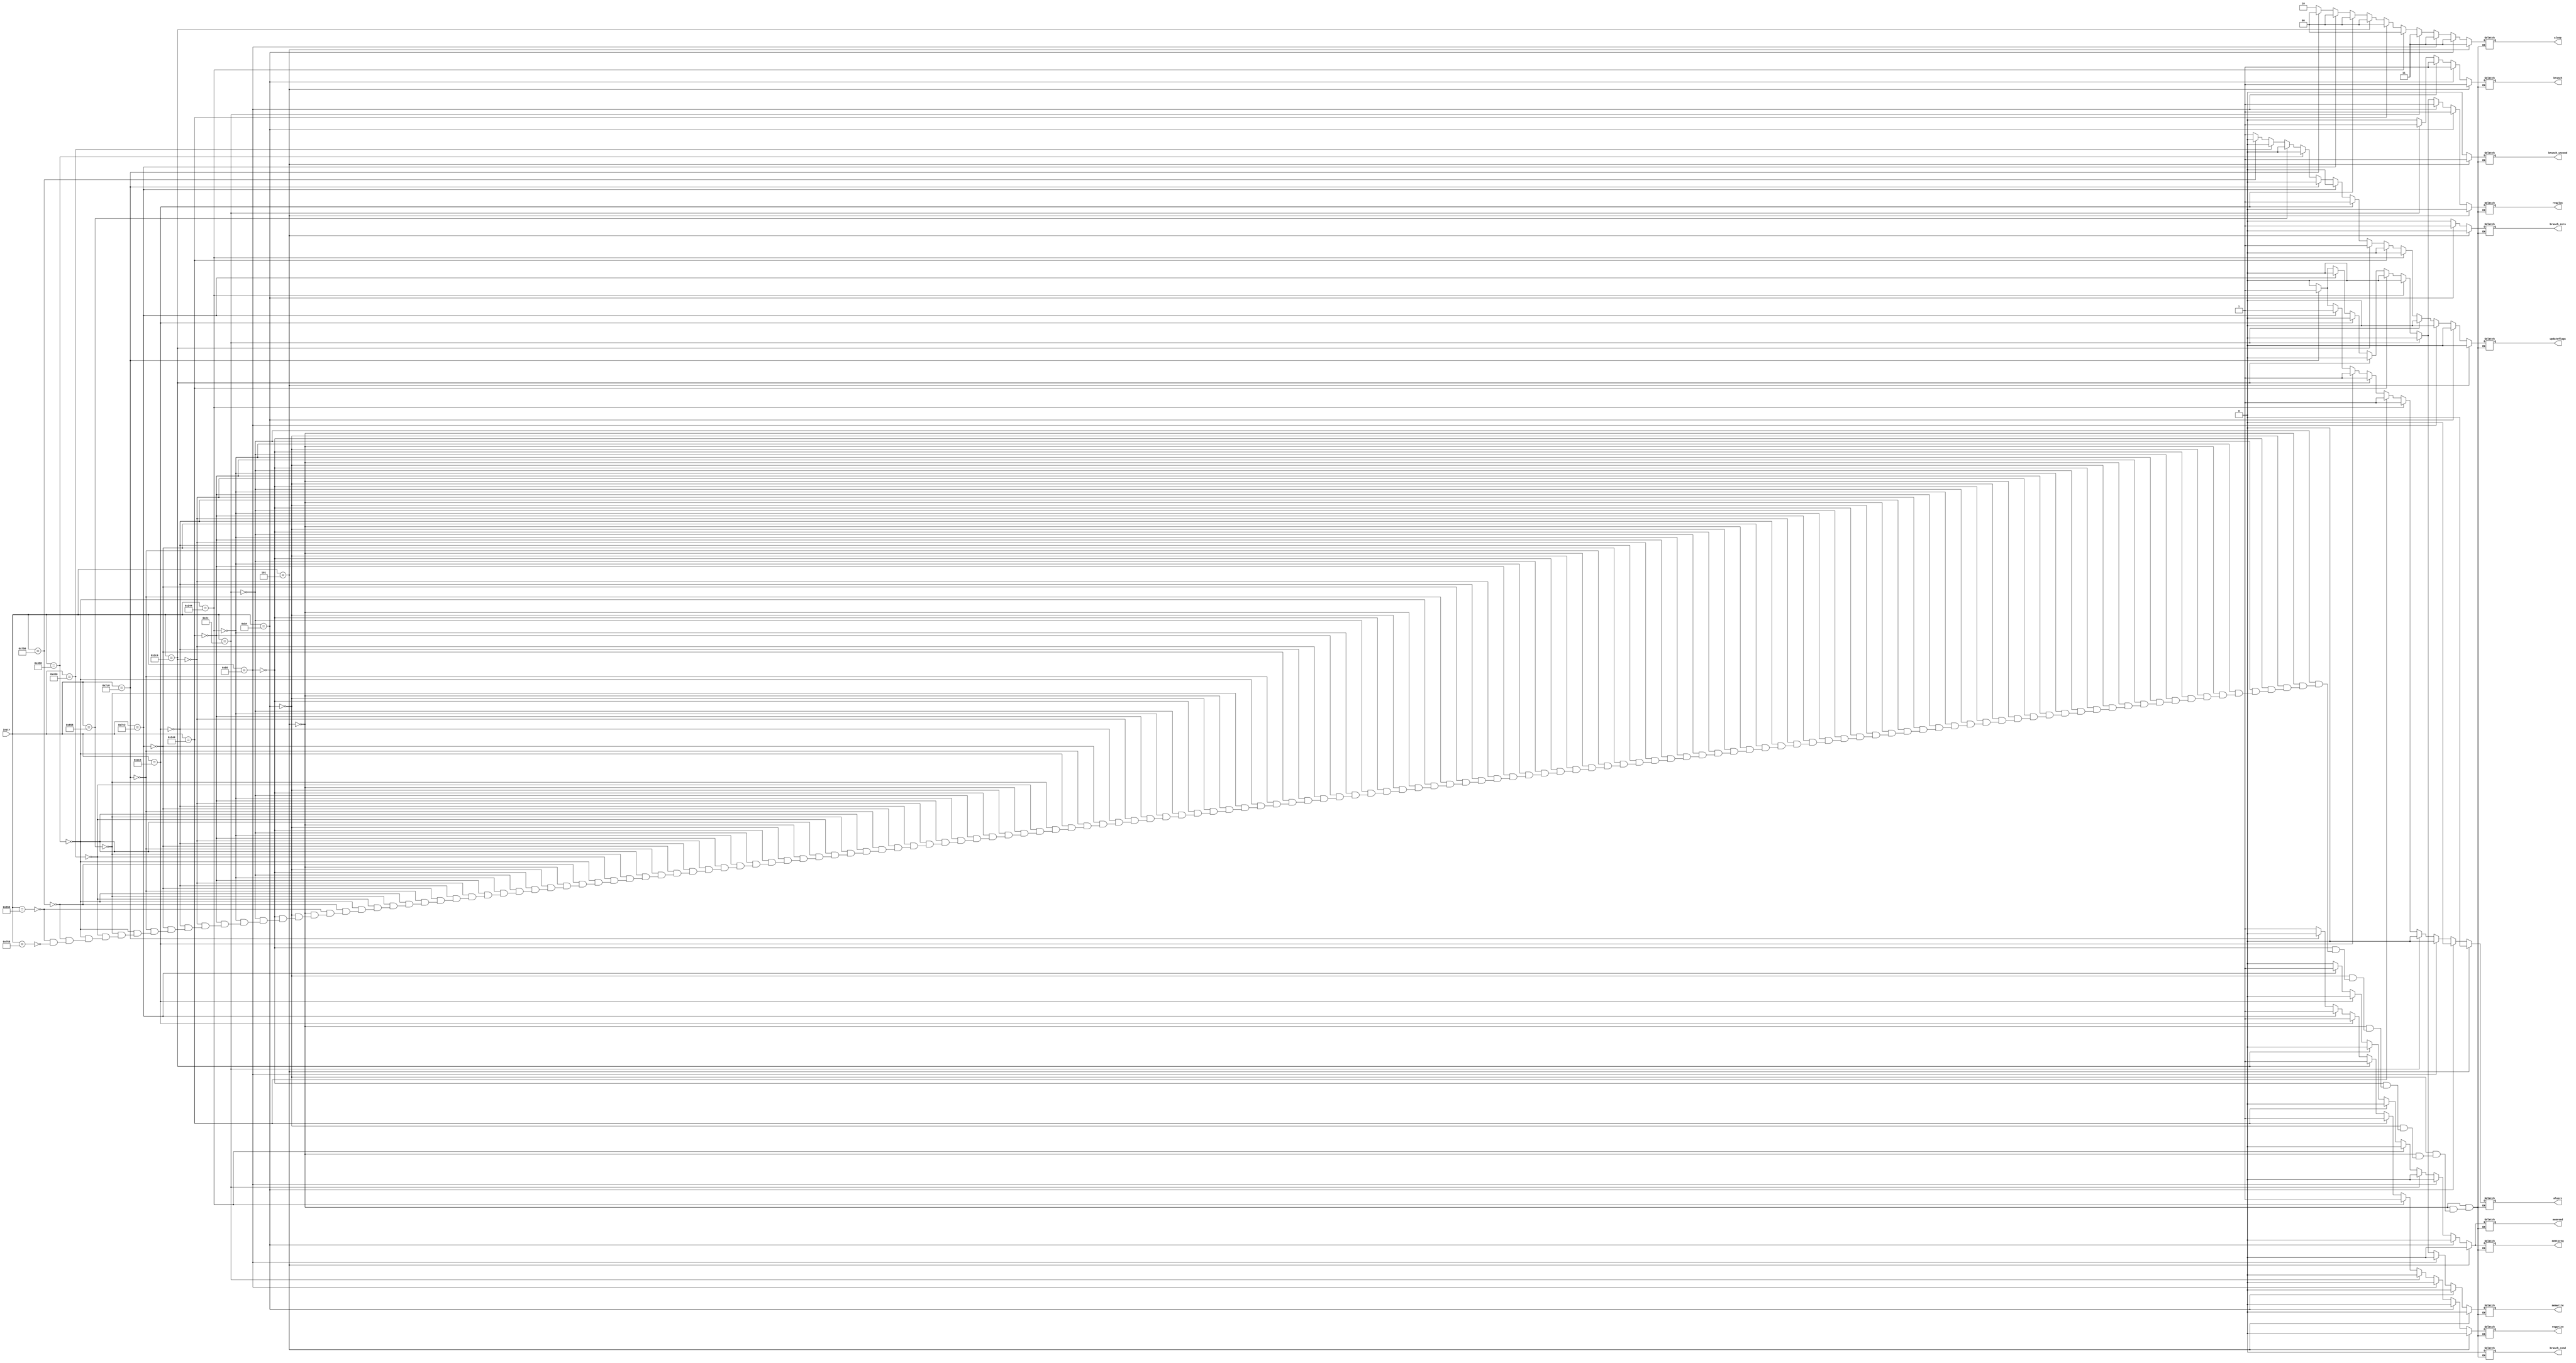
`timescale 1ns / 1ps
//////////////////////////////////////////////////////////////////////////////////
/*
Design da CPU LEG_V8 Single-Cycle.
Disciplina: TI0148 - Sistemas Embarcados
Mdulo: projeto_controle.v
Funo: Mdulo de Controle
Grupo Responsvel: Marcus Vincius, Pablo Grisi e Lucas Ribeiro
*/
//////////////////////////////////////////////////////////////////////////////////


module projeto_controle(
    input [31:21] instr,
    
    output reg [1:0] aluop,
    output reg alusrc,
    output reg updateflags,
    output reg reg2loc,
    output reg branch,
    output reg branch_cond,
    output reg branch_uncond,
    output reg branch_zero,
    output reg regwrite,
    output reg memread,
    output reg memwrite,
    output reg memtoreg
    );
    wire [10:0] opcode;
    assign opcode = instr[31:21];
    
    always @ (opcode) begin
    //Verificando  qual instruo pertence o opcode
    //BRANCHS
    //Branch Incondicional
        if (opcode == 6'b000101) begin
            aluop = 2'b11;
            alusrc = 0;
            updateflags = 0;
            reg2loc = 0;
            branch = 1;
            branch_cond = 0;
            branch_uncond = 1;
            branch_zero = 0;
            regwrite = 0;
            memread = 0;
            memwrite = 0;
            memtoreg = 0;
        end
        //Branchs Condicionais
        //CBZ
        else if (opcode == 8'b10110100) begin
                    aluop = 2'b11;
                    alusrc = 0;
                    updateflags = 0;
                    reg2loc = 1;
                    branch = 1;
                    branch_cond = 0;
                    branch_uncond = 0;
                    branch_zero = 1;
                    regwrite = 0;
                    memread = 0;
                    memwrite = 0;
                    memtoreg = 0;
        end
        //CBNZ
        else if (opcode == 8'b10110101) begin
                    aluop = 2'b11;
                    alusrc = 0;
                    updateflags = 0;
                    reg2loc = 1;
                    branch = 1;
                    branch_cond = 0;
                    branch_uncond = 0;
                    branch_zero = 0;
                    regwrite = 0;
                    memread = 0;
                    memwrite = 0;
                    memtoreg = 0;
        end
        //B Condicional
        else if (opcode == 8'b0101100) begin
                    aluop = 2'b11;
                    alusrc = 0;
                    updateflags = 0;
                    reg2loc = 0;
                    branch = 1;
                    branch_cond = 0;
                    branch_uncond = 0;
                    branch_zero = 0;
                    regwrite = 0;
                    memread = 0;
                    memwrite = 0;
                    memtoreg = 0;
        end
        //INSTRUES TIPO I
        //ADDI
        else if (opcode == 10'b1001000100) begin
                    aluop = 2'b00;
                    alusrc = 1;
                    updateflags = 0;
                    reg2loc = 0;
                    branch = 0;
                    branch_cond = 0;
                    branch_uncond = 0;
                    branch_zero = 0;
                    regwrite = 1;
                    memread = 0;
                    memwrite = 0;
                    memtoreg = 0;
        end   
        //SUBI 
        else if (opcode == 10'b1101000100) begin
                    aluop = 2'b00;
                    alusrc = 1;
                    updateflags = 0;
                    reg2loc = 0;
                    branch = 0;
                    branch_cond = 0;
                    branch_uncond = 0;
                    branch_zero = 0;
                    regwrite = 1;
                    memread = 0;
                    memwrite = 0;
                    memtoreg = 0;
        end   
        //ADDIS
        else if (opcode == 10'b1011000100) begin
                    aluop = 2'b00;
                    alusrc = 1;
                    updateflags = 1;
                    reg2loc = 0;
                    branch = 0;
                    branch_cond = 0;
                    branch_uncond = 0;
                    branch_zero = 0;
                    regwrite = 1;
                    memread = 0;
                    memwrite = 0;
                    memtoreg = 0;
        end
        //SUBIS
        else if (opcode == 10'b1111000100) begin
                    aluop = 2'b00;
                    alusrc = 1;
                    updateflags = 1;
                    reg2loc = 0;
                    branch = 0;
                    branch_cond = 0;
                    branch_uncond = 0;
                    branch_zero = 0;
                    regwrite = 1;
                    memread = 0;
                    memwrite = 0;
                    memtoreg = 0;
        end         
        //INSTRUES TIPO D
        //LDUR
        else if (opcode == 11'b11111000010) begin
                    aluop = 2'b00;
                    alusrc = 1;
                    updateflags = 0;
                    reg2loc = 0;
                    branch = 0;
                    branch_cond = 0;
                    branch_uncond = 0;
                    branch_zero = 0;
                    regwrite = 1;
                    memread = 1;
                    memwrite = 0;
                    memtoreg = 1;
        end                
        //STUR
        else if (opcode == 11'b11111000000) begin
                    aluop = 2'b00;
                    alusrc = 1;
                    updateflags = 0;
                    reg2loc = 1;
                    branch = 0;
                    branch_cond = 0;
                    branch_uncond = 0;
                    branch_zero = 0;
                    regwrite = 0;
                    memread = 0;
                    memwrite = 1;
                    memtoreg = 0;
        end    
        //INSTRUES TIPO R
        //ADD
        else if (opcode == 11'b10001011000) begin
                    aluop = 2'b10;
                    alusrc = 0;
                    updateflags = 0;
                    reg2loc = 0;
                    branch = 0;
                    branch_cond = 0;
                    branch_uncond = 0;
                    branch_zero = 0;
                    regwrite = 1;
                    memread = 0;
                    memwrite = 0;
                    memtoreg = 0;
        end
        //SUB
        else if (opcode == 11'b11001011000) begin
                    aluop = 2'b10;
                    alusrc = 0;
                    updateflags = 0;
                    reg2loc = 0;
                    branch = 0;
                    branch_cond = 0;
                    branch_uncond = 0;
                    branch_zero = 0;
                    regwrite = 1;
                    memread = 0;
                    memwrite = 0;
                    memtoreg = 0;
        end     
        //AND
        else if (opcode == 11'b10001010000) begin
                    aluop = 2'b10;
                    alusrc = 0;
                    updateflags = 0;
                    reg2loc = 0;
                    branch = 0;
                    branch_cond = 0;
                    branch_uncond = 0;
                    branch_zero = 0;
                    regwrite = 1;
                    memread = 0;
                    memwrite = 0;
                    memtoreg = 0;
        end     
        //ORR
        else if (opcode == 11'b10001011000) begin
                    aluop = 2'b10;
                    alusrc = 0;
                    updateflags = 0;
                    reg2loc = 0;
                    branch = 0;
                    branch_cond = 0;
                    branch_uncond = 0;
                    branch_zero = 0;
                    regwrite = 1;
                    memread = 0;
                    memwrite = 0;
                    memtoreg = 0;
        end
        //EOR
        else if (opcode == 11'b11101010000) begin
                    aluop = 2'b10;
                    alusrc = 0;
                    updateflags = 0;
                    reg2loc = 0;
                    branch = 0;
                    branch_cond = 0;
                    branch_uncond = 0;
                    branch_zero = 0;
                    regwrite = 1;
                    memread = 0;
                    memwrite = 0;
                    memtoreg = 0;
        end          
        //ADDS
        else if (opcode == 11'b10101011000) begin
                    aluop = 2'b10;
                    alusrc = 0;
                    updateflags = 1;
                    reg2loc = 0;
                    branch = 0;
                    branch_cond = 0;
                    branch_uncond = 0;
                    branch_zero = 0;
                    regwrite = 1;
                    memread = 0;
                    memwrite = 0;
                    memtoreg = 0;
        end
        //SUBS
        else if (opcode == 11'b11101011000) begin
                    aluop = 2'b10;
                    alusrc = 0;
                    updateflags = 1;
                    reg2loc = 0;
                    branch = 0;
                    branch_cond = 0;
                    branch_uncond = 0;
                    branch_zero = 0;
                    regwrite = 1;
                    memread = 0;
                    memwrite = 0;
                    memtoreg = 0;
        end        
    end
endmodule